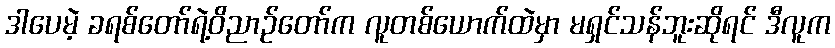
ဒါပေမဲ့ ခရစ်တော်ရဲ့ဝိညာဉ်တော်က လူတစ်ယောက်ထဲမှာ မရှင်သန်ဘူးဆိုရင် ဒီလူက